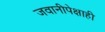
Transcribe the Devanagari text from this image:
जवानीपेक्षाही